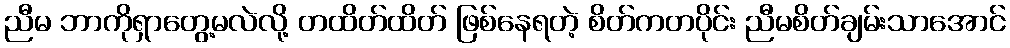
ညီမ ဘာကိုရှာတွေ့မလဲလို့ တထိတ်ထိတ် ဖြစ်နေရတဲ့ စိတ်ကတပိုင်း ညီမစိတ်ချမ်းသာအောင်